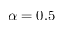
\alpha = 0 . 5